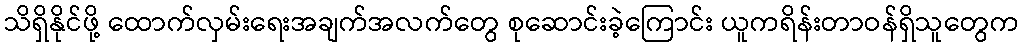
သိရှိနိုင်ဖို့ ထောက်လှမ်းရေးအချက်အလက်တွေ စုဆောင်းခဲ့ကြောင်း ယူကရိန်းတာဝန်ရှိသူတွေက